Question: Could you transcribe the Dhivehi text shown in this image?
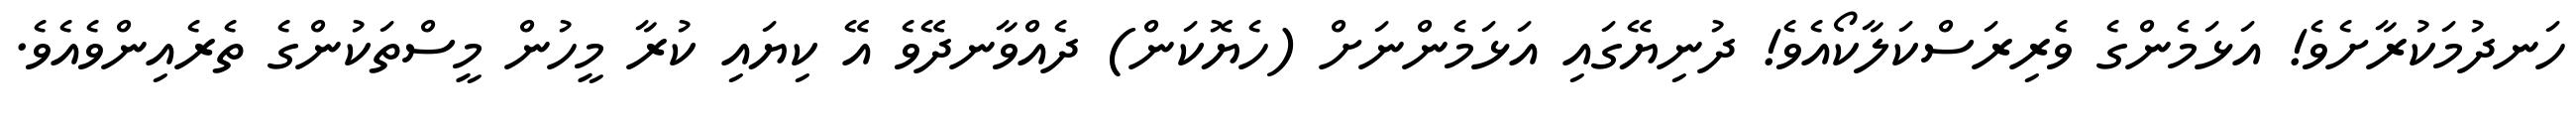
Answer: ހަނދުމަކުރާށެވެ! އަޅަމެންގެ ވެރިރަސްކަލާކޯއެވެ! ދުނިޔޭގައި އަޅަމެންނަށް (ހެޔޮކަން) ދެއްވާނދޭވެ އޭ ކިޔައި ކުރާ މީހުން މީސްތަކުންގެ ތެރެއިންވެއެވެ.